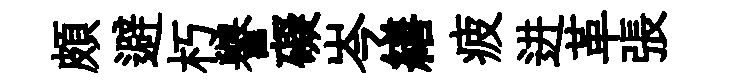
頗避朽譽礙岑繕疲进革張